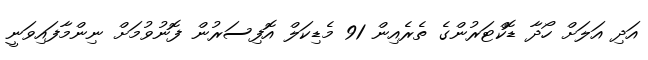
އަދި އަލަށް ހޯދާ ޑޮކްޓަރުންގެ ތެރެއިން 91 މެޑިކަލް އޮފިސަރުން ފޮނުވުމަށް ނިންމާފައިވަނީ